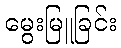
မွေးမြူခြင်း